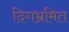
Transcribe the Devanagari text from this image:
दिगभ्रमित